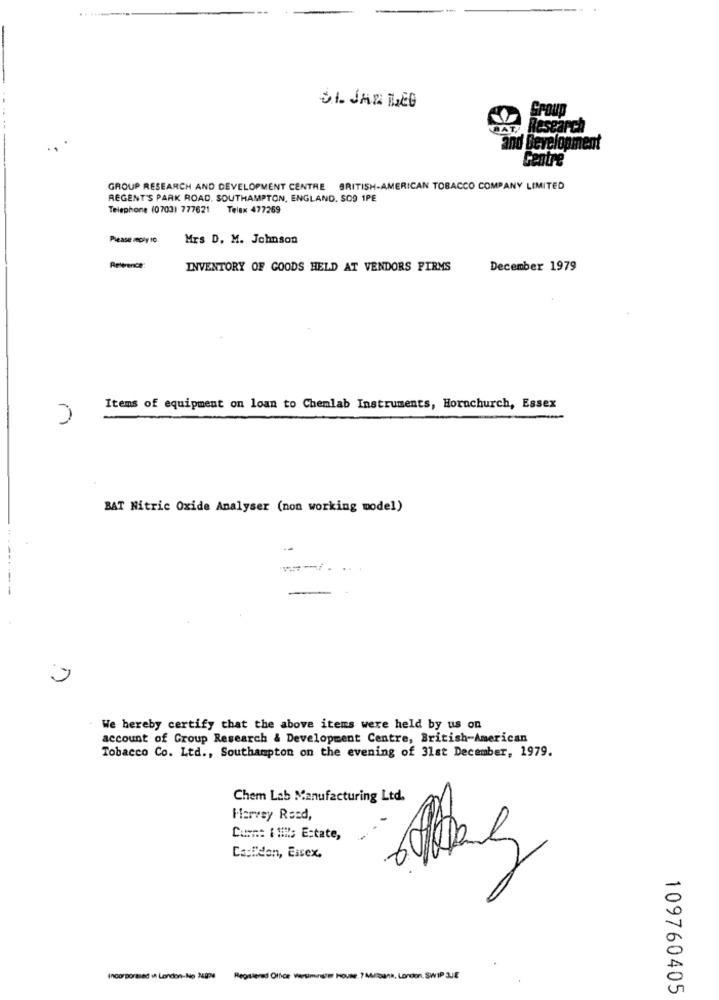
31. JAN LEG
POUP
BAT,
Research
and Development
Centre
GROUP RESEARCH AND DEVELOPMENT CENTRE BRITISH-AMERICAN TOBACCO COMPANY LIMITED
REGENT'S PARK ROAD. SOUTHAMPTON, ENGLAND, SO9 1PE
Telephone (0703) 777621 Telex 477269
Please reply 10.
Mrs D. M. Johnson
Reference
INVENTORY OF GOODS HELD AT VENDORS FIRMS
December 1979
Items of equipment on loan to Chemlab Instruments, Hornchurch, Essex
BAT Nitric Oxide Analyser (non working model)
We hereby certify that the above items were held by us on
account of Group Research & Development Centre, British-American
Tobacco Co. Ltd ., Southampton on the evening of 31st December, 1979.
Chem Lab Manufacturing Ltd.
Harvey Road,
Cumm: 1 1; Estate,
Ca:Eden, Essex,
Incorporated in London-No 24304
Registered Office vertiminst HovNe ?MA/Dank, London, SWIP QUE
109760405